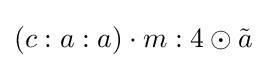
(c:a:a)\cdot m:4\odot {\tilde {a}}